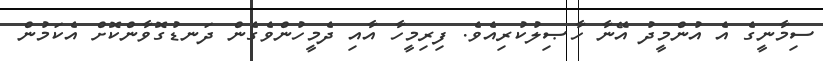
ސިމާނީގެ އެ އުންމީދު އޭނާ ހާޞިލުކުރިއެވެ. ފިރިމީހާ އާއި ދެމީހުންވެގެން ދަނޑުގޮވާންކޮށް އެކަމުން